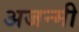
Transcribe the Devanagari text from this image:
अजन्मी